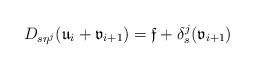
LaTeX: \begin{align*}D_{s\eta^j}(\mathfrak{u}_i+\mathfrak{v}_{i+1})=\mathfrak{f}+\delta^j_s(\mathfrak{v}_{i+1})\end{align*}